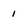
Character: 1